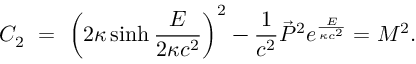
C _ { 2 } \ = \ \left( 2 \kappa \sinh \frac { E } { 2 \kappa c ^ { 2 } } \right) ^ { 2 } - { \frac { 1 } { c ^ { 2 } } } \vec { P } ^ { 2 } e ^ { \frac { E } { \kappa c ^ { 2 } } } = M ^ { 2 } .